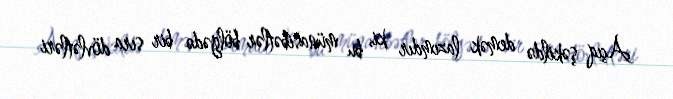
Açıq şəkildə demək lazımdır ki, bu münasibətlər bölgədə bir sıra dövlətləri